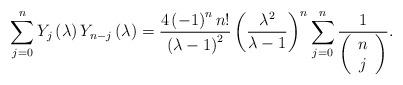
LaTeX: \begin{align*}\sum_{j=0}^{n}Y_{j}\left( \lambda \right) Y_{n-j}\left( \lambda \right) =\frac{4\left( -1\right) ^{n}n!}{\left( \lambda -1\right) ^{2}}\left( \frac{\lambda ^{2}}{\lambda -1}\right) ^{n}\sum_{j=0}^{n}\frac{1}{\left( \begin{array}{c}n \\ j\end{array}\right) }. \end{align*}